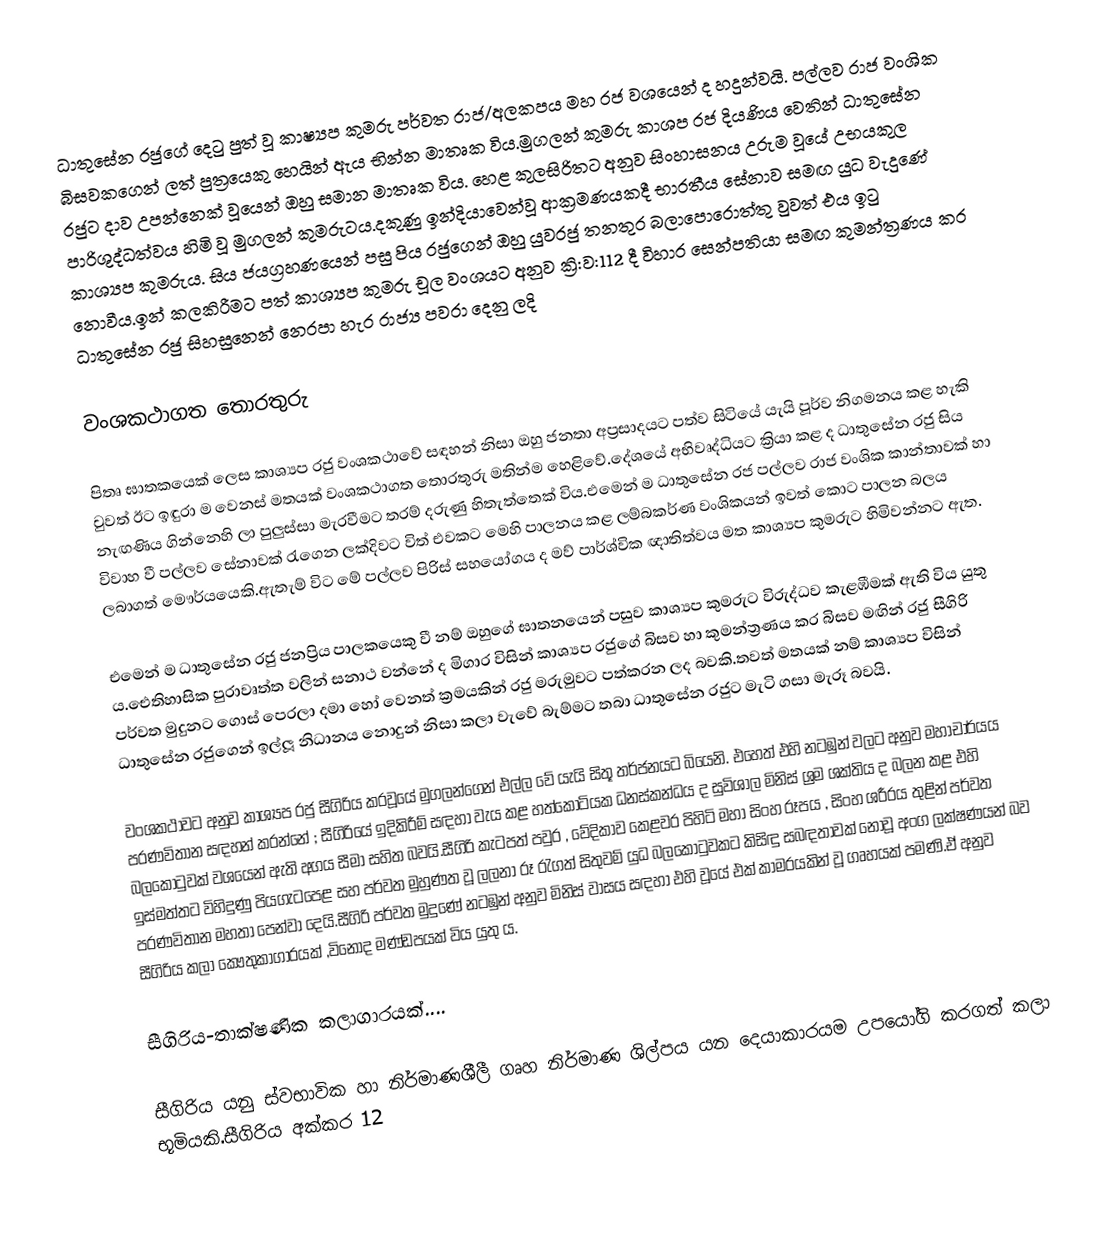
ධාතුසේන රජුගේ දෙටු පුත් වූ කාෂ්‍යප කුමරු පර්වත රාජ/අලකපය මහ රජ වශයෙන් ද හදුන්වයි. පල්ලව රාජ වංශික බිසවකගෙන් ලත් පුත්‍රයෙකු හෙයින් ඇය භින්න මාතෘක විය.මුගලන් කුමරු කාශප රජ දියණිය වෙතින් ධාතුසේන රජුට දාව උපන්නෙක් වූයෙන් ඔහු සමාන මාතෘක විය. හෙළ කුලසිරිතට අනුව සිංහාසනය උරුම වූයේ උභයකුල පාරිශුද්ධත්ව‍ය හිමි වූ මුගලන් කුමරුටය.දකුණු ඉන්දියාවෙන්වූ ආක්‍රමණයකදී භාරතීය සේනාව සමඟ යුධ වැදුණේ කාශ්‍යප කුමරුය. සිය ජයග්‍රහණයෙන් පසු පිය රජු‍ගෙන් ඔහු යුවරජු තනතුර බලාපොරොත්තු වුවත් එය ඉටු නොවීය.ඉන් කලකිරීමට පත් කාශ්‍යප කුමරු චූල වංශයට අනුව ක්‍රි‍‍:ව:112 දී විහාර සෙන්පතියා සමඟ කුමන්ත්‍රණය කර ධාතුසේන රජු සිහසුනෙන් නෙරපා හැර රාජ්‍ය පවරා දෙනු ලදි

වංශකථාගත තොරතුරු

පිතෘ ඝාතකයෙක් ලෙස කාශ්‍යප රජු වංශකථාවේ සඳහන් නිසා ඔහු ජනතා අප්‍රසාදයට පත්ව සිටියේ යැයි පූර්ව නිගමනය කළ හැකි වුවත් ඊට ඉඳුරා ම වෙනස් මතයක් වංශකථාගත තොරතුරු මතින්ම හෙළිවේ.දේශයේ අභිවෘද්ධියට ක්‍රියා කළ ද ධාතුසේන රජු සිය නැඟණිය ගින්නෙහි ලා පුලුස්සා මැරවීමට තරම් දරුණු හිතැත්තෙක් විය.එමෙන් ම ධාතුසේන රජ පල්ලව රාජ වංශික කාන්තාවක් හා විවාහ වී පල්ලව සේනාවක් රැගෙන ලක්දිවට විත් එවකට මෙහි පාලනය කළ ලම්බකර්ණ වංශිකයන් ඉවත් කොට පාලන බලය ලබාගත් මෞර්යයෙකි.ඇතැම් විට මේ පල්ලව පිරිස් සහයෝගය ද මව් පාර්ශ්වික ඥාතිත්වය මත කාශ්‍යප කුමරුට හිමිවන්නට ඇත.

එමෙන් ම ධාතුසේන රජු ජනප්‍රිය පාලකයෙකු වී නම් ඔහුගේ ඝාතනයෙන් පසුව කාශ්‍යප කුමරුට විරුද්ධව කැළඹීමක් ඇති විය යුතු ය.ඓතිහාසික පුරාවෘත්ත වලින් සනාථ වන්නේ ද මිගාර විසින් කාශ්‍යප රජුගේ බිසව හා කුමන්ත්‍රණය කර බිසව මඟින් රජු සීගිරි පර්වත මුදුනට ගොස් පෙරලා දමා හෝ වෙනත් ක්‍රමයකින් රජු මරුමුවට පත්කරන ලද බවකි.තවත් මතයක් නම් කාශ්‍යප විසින් ධාතුසේන රජුගෙන් ඉල්ලූ නිධානය නොදුන් නිසා කලා වැවේ බැම්මට තබා ධාතුසේන රජුට මැටි ගසා මැරූ බවයි.

වංශකථාවට අනුව කාශ්‍යප රජු සීගිරිය කරවූයේ මුගලන්ගෙන් එල්ල වේ යැයි සිතූ තර්ජනයට බියෙනි. එහෙත් එහි නටඹුන් වලට අනුව මහාචාර්යය පරණවිතාන සඳහන් කරන්නේ ; සීගිරියේ ඉදිකිරීම් සඳහා වැය කළ හත්කෝටියක ධනස්කන්ධය ද සුවිශාල මිනිස් ශ්‍රම ශක්තිය ද බලන කළ එහි බලකොටුවක් වශයෙන් ඇති අගය සීමා සහිත බවයි.සීගිරි කැටපත් පවුර , වේදිකාව කෙළවර පිහිටි මහා සිංහ රූපය , සිංහ ශරීරය තුළින් පර්වත ඉස්මත්තට විහිදුණු පියගැටපෙළ සහ පර්වත මුහුණත වූ ලලනා රූ රැගත් සිතුවම් යුධ බලකොටුවකට කිසිඳු සබඳතාවක් නොවූ අංග ලක්ෂණයන් බව පරණවිතාන මහතා පෙන්වා දෙයි.සීගිරි පර්වත මුදුණේ නටඹුන් අනුව මිනිස් වාසය සඳහා එහි වූයේ එක් කාමරයකින් වූ ගෘහයක් පමණි.ඒ අනුව සීගිරිය කලා කෞතුකාගාරයක් ,විනෝද මණ්ඩපයක් විය යුතු ය.

සීගිරිය-තාක්ෂණික කලාගාරයක්....

සීගිරිය යනු ස්වභාවික හා නිර්මාණශීලී ගෘහ නිර්මාණ ශිල්පය යන දෙයාකාරයම උපයෝගි කරගත් කලා භූමියකි.සීගිරිය අක්කර 12